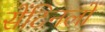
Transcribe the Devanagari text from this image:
सेंटिनलों